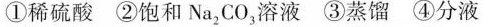
①稀硫酸 ②饱和\mathrm{Na}_{2} \mathrm{CO}_{3}，溶液 ③蒸馏 ④分液